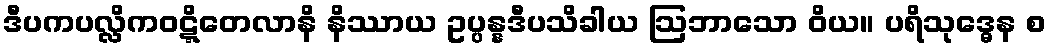
ဒီပကပလ္လိကဝဋ္ဋိတေလာနိ နိဿာယ ဥပ္ပန္နဒီပသိခါယ ဩဘာသော ဝိယ။ ပရိသုဒ္ဓေန စ